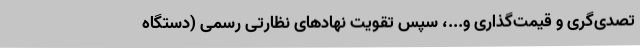
تصدی‌گری و قیمت‌گذاری و...، سپس تقویت نهادهای نظارتی رسمی (دستگاه